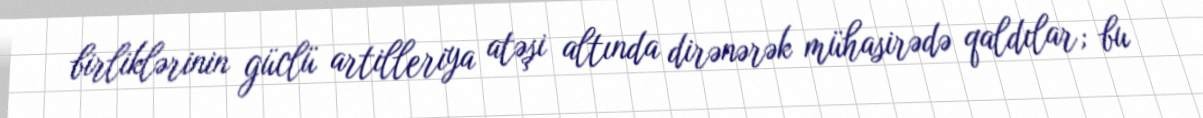
birliklərinin güclü artilleriya atəşi altında dirənərək mühasirədə qaldılar; bu